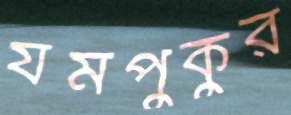
যমপুকুর